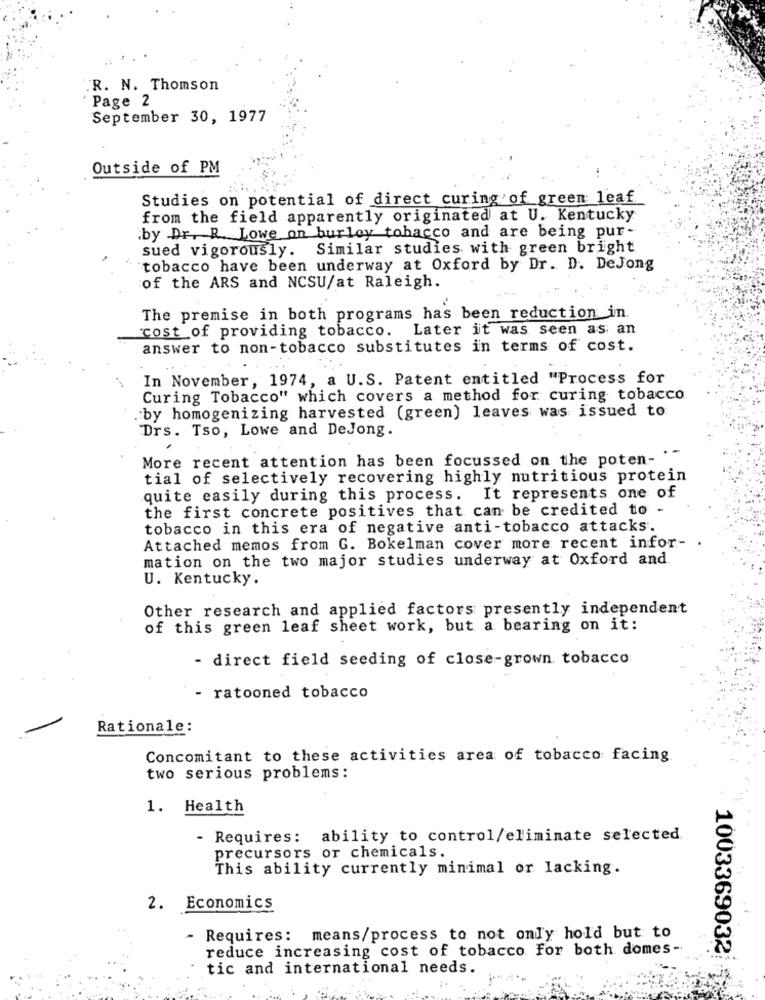
.R. N. Thomson
Page 2
September 30, 1977
Outside of PM
Studies on potential of direct curing of green leaf
from the field apparently originated at U. Kentucky
.by Dr. R. Lowe on burley tobacco and are being pur-
sued vigorously. Similar studies with green bright
tobacco have been underway at Oxford by Dr. D. DeJong
of the ARS and NCSU/at Raleigh.
The premise in both programs has been reduction in.
cost of providing tobacco. Later it was seen as an
answer to non-tobacco substitutes in terms of cost.
In November, 1974, a U.S. Patent entitled "Process for
Curing Tobacco" which covers a method for curing tobacco
. by homogenizing harvested (green) leaves was issued to
Drs. Tso, Lowe and DeJong.
More recent attention has been focussed on the poten- . "
tial of selectively recovering highly nutritious protein
quite easily during this process. It represents one of
the first concrete positives that can be credited to -
tobacco in this era of negative anti-tobacco attacks.
Attached memos from G. Bokelman cover more recent infor- .
mation on the two major studies underway at Oxford and
U. Kentucky.
Other research and applied factors presently independent
of this green leaf sheet work, but a bearing on it:
- direct field seeding of close-grown tobacco
- ratooned tobacco
Rationale:
Concomitant to these activities area of tobacco facing
two serious problems:
1. Health
- Requires: ability to control/eliminate selected
precursors or chemicals.
This ability currently minimal or lacking.
2. Economics
- Requires: means/process to not only hold but to
reduce increasing cost of tobacco for both domes-
1003369032;
tic and international needs.